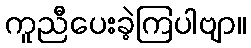
ကူညီပေးခဲ့ကြပါဗျာ။